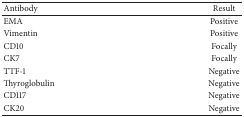
<table><thead><tr><td><b>Antibody</b></td><td><b>Result</b></td></tr></thead><tbody><tr><td>EMA</td><td>Positive</td></tr><tr><td>Vimentin</td><td>Positive</td></tr><tr><td>CD10</td><td>Focally</td></tr><tr><td>CK7</td><td>Focally</td></tr><tr><td>TTF-1</td><td>Negative</td></tr><tr><td>Thyroglobulin</td><td>Negative</td></tr><tr><td>CD117</td><td>Negative</td></tr><tr><td>CK20</td><td>Negative</td></tr></tbody></table>